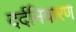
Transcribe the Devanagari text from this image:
दर्दनिवारण